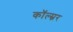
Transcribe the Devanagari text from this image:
कॉल्म्नर